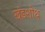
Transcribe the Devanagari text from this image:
खंडशोथ